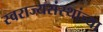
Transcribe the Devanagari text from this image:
स्वराज्यसंस्थांच्या